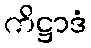
ကိဋ္ဌာဒံ